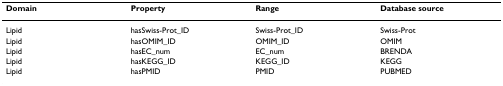
| Domain | Property | Range | Database source |
 | --- | --- | --- | --- |
 | Lipid | hasSwiss-Prot_ID | Swiss-Prot_ID | Swiss-Prot |
 | Lipid | hasOMIM_ID | OMIM_ID | OMIM |
 | Lipid | hasEC_num | EC_num | BRENDA |
 | Lipid | hasKEGG_ID | KEGG_ID | KEGG |
 | Lipid | hasPMID | PMID | PUBMED |